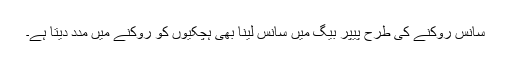
سانس روکنے کی طرح پیپر بیگ میں سانس لینا بھی ہچکیوں کو روکنے میں مدد دیتا ہے۔